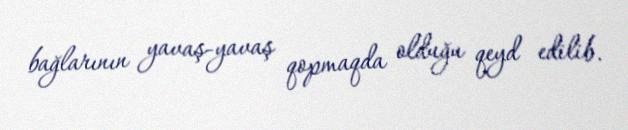
bağlarının yavaş-yavaş qopmaqda olduğu qeyd edilib.